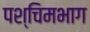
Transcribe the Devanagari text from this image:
पश्‍चिमभाग